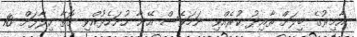
އާމިރުގެ ބިލަށް ތާއިދު ކުރެއްވި ނަމަވެސް އޭނާ ހުށަހެޅުއްވި ގޮތާ ހިލާފަށް 10